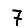
Digit: 7